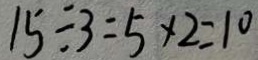
1 5 \div 3 = 5 \times 2 = 1 0